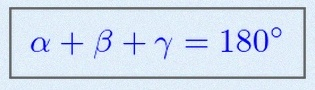
\alpha+\beta+\gamma=180^\circ